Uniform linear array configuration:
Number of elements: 16
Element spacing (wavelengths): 1
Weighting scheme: hamming
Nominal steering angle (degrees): -60
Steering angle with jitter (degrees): -59.208
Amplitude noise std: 0.05
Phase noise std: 0.05

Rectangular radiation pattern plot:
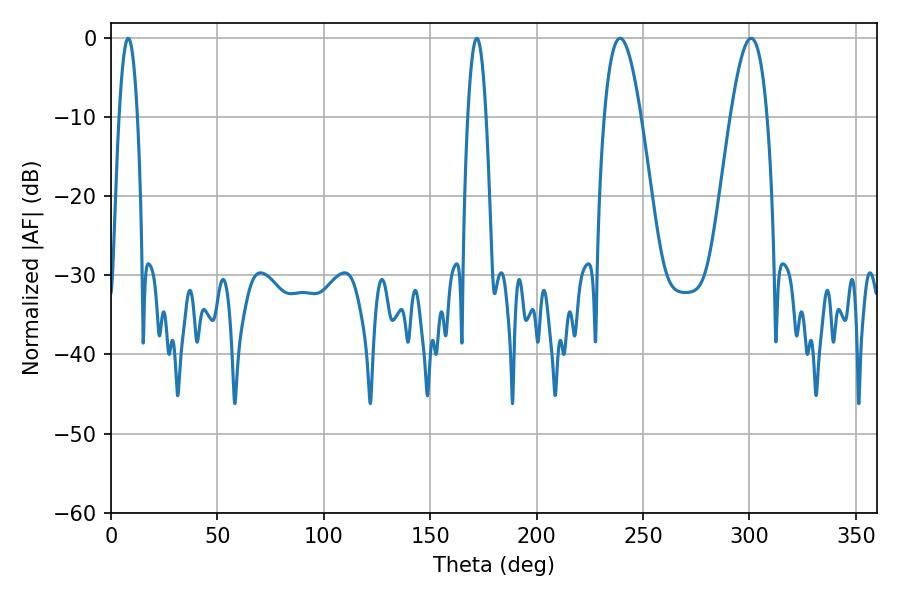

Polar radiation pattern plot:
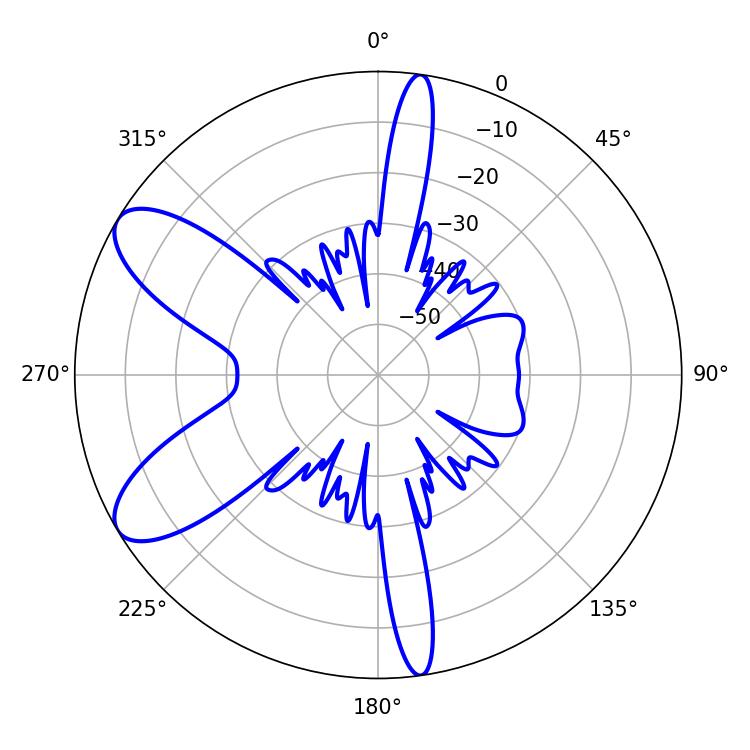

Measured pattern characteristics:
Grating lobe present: TRUE
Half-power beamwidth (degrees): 4.68
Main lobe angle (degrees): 8.1